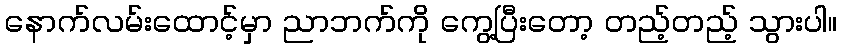
နောက်လမ်းထောင့်မှာ ညာဘက်ကို ကွေ့ပြီးတော့ တည့်တည့် သွားပါ။